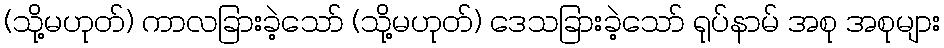
(သို့မဟုတ်) ကာလခြားခဲ့သော် (သို့မဟုတ်) ဒေသခြားခဲ့သော် ရုပ်နာမ် အစု အစုများ